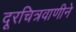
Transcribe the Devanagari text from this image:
दूरचित्रवाणीने